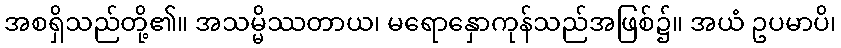
အစရှိသည်တို့၏။ အသမ္မိဿတာယ၊ မရောနှောကုန်သည်အဖြစ်၌။ အယံ ဥပမာပိ၊